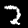
Label: 2